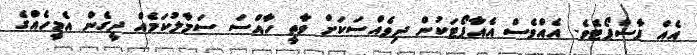
އެއް ޕާސްޕޯޓެވެ. އެއްވެސް އެއާޕޯޓަކުން ދިވެއްސަކަށް ވާތީ ހާއްސަ ސަމާލުކަމެއް ދީގެން އެމީހެއްގެ